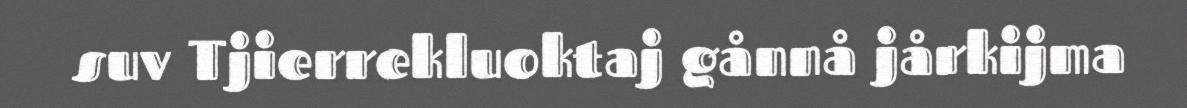
suv Tjierrekluoktaj gånnå jårkijma